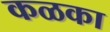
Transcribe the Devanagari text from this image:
कळका